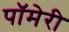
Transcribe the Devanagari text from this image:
पॉमेरी